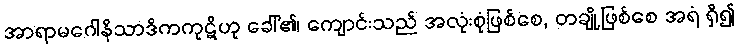
အာရာမဂေါနိသာဒိကကုဋိဟု ခေါ်၏၊ ကျောင်းသည် အလုံးစုံဖြစ်စေ, တချို့ဖြစ်စေ အရံ ရှိ၍